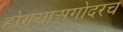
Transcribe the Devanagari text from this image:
होण्याअगोदरच